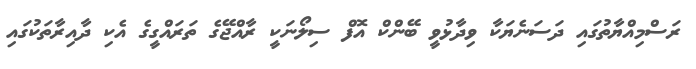
ރަސްމިއްޔާތުގައި ދަސަނެޔަކާ ވިދާޅުވީ ބޭންކް އޮފް ސިލޯނަކީ ރާއްޖޭގެ ތަރައްގީގެ އެކި ދާއިރާތަކުގައި